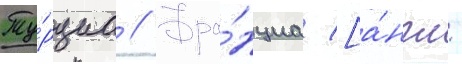
Ту́рциа // Фра́нциа [а́нгл.